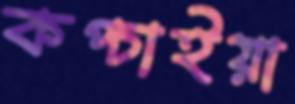
কপ্‌চাইয়া